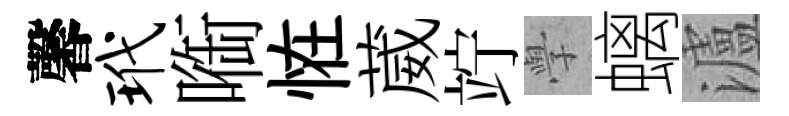
馨玳㗸恠葳竚𭓕螭瀘